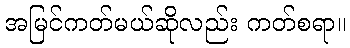
အမြင်ကတ်မယ်ဆိုလည်း ကတ်စရာ။